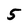
Character: 5